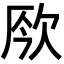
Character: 𣢬